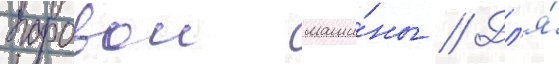
паровои маши́ны // Дл'я́